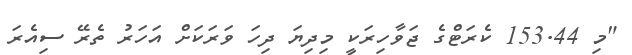
"މި 153.44 ކެރަޓްގެ ޖަވާހިރަކީ މިދިޔަ ދިހަ ވަރަކަށް އަހަރު ތެރޭ ސިއެރަ